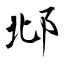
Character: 邶